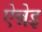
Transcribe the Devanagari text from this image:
ऐन्नेइ